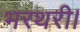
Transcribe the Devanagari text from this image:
भरथरी।